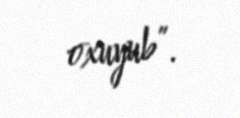
oxuyub”.